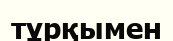
тұрқымен